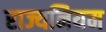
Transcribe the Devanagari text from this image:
राज्यनियम